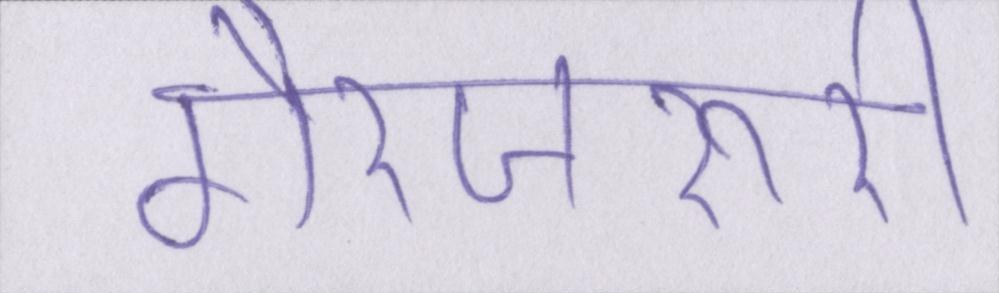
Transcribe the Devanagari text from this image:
गैरजरूरी